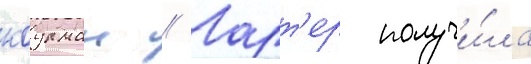
коулман // Ларт'ер получи́ла